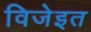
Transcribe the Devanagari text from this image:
विजेइत